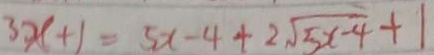
3 x + 1 = 5 x - 4 + 2 \sqrt { 5 x - 4 } + 1